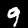
Digit: 9